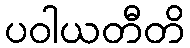
ပဝါယတီတိ